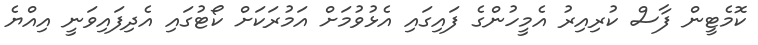
ކޮމެޓީން ފާސް ކުރިއިރު އެމީހުންގެ ފައިގައި އެޅުވުމަށް އަމުރަކަށް ކޯޓުގައި އެދިފައިވަނީ އިއްޔެ